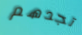
تجدهم